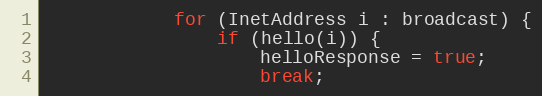
Language: Java
            for (InetAddress i : broadcast) {
                if (hello(i)) {
                    helloResponse = true;
                    break;